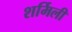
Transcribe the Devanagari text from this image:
शर्मिली